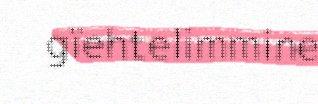
gïehtelimmine